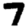
Digit: 7